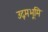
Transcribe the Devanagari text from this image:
उद्गमभूमि